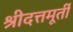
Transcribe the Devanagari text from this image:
श्रीदत्तमूर्ती